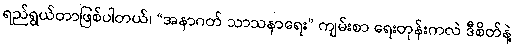
ရည်ရွယ်တာဖြစ်ပါတယ်၊ “အနာဂတ် သာသနာရေး” ကျမ်းစာ ရေးတုန်းကလဲ ဒီစိတ်နဲ့